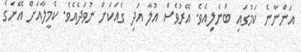
އަންނާނެ ކަމުގައި ބުނެލިއެވެ. އޭރުވެސް އުލާ އަދި ގެއަކަށް ނުވަދެއެވެ. ކެމީލާއަށް އޭނަގެ